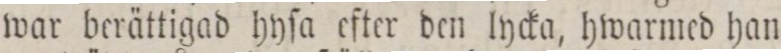
war berättigad hyſa efter den lycka, hwarmed han